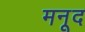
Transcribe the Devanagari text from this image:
मनूद